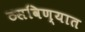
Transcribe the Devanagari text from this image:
ठसविण्यात